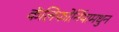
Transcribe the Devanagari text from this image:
कॅलिफोर्नियामधुन